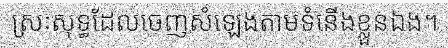
ស្រៈសុទ្ធដែលចេញសំឡេងតាមទំនើងខ្លួនឯង។